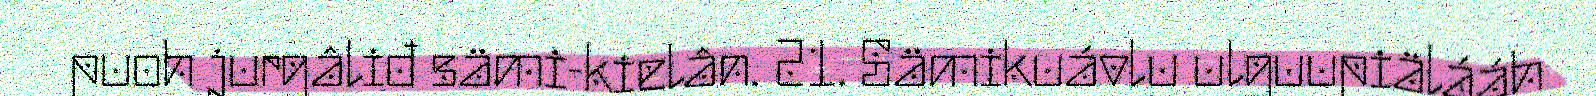
puoh jurgâliđ sämi-kielân. 21. Sämikuávlu ulguupiälááh